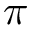
\pi